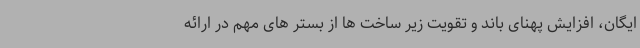
ایگان، افزایش پهنای باند و تقویت زیر ساخت ها از بستر های مهم در ارائه